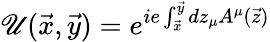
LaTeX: \mathscr{U}(\vec{{x}},\vec{{y}})=e^{ie\int_{\vec{{x}}}^{\vec{{y}}}dz_{\mu}A^{\mu}(\vec{{z}})}